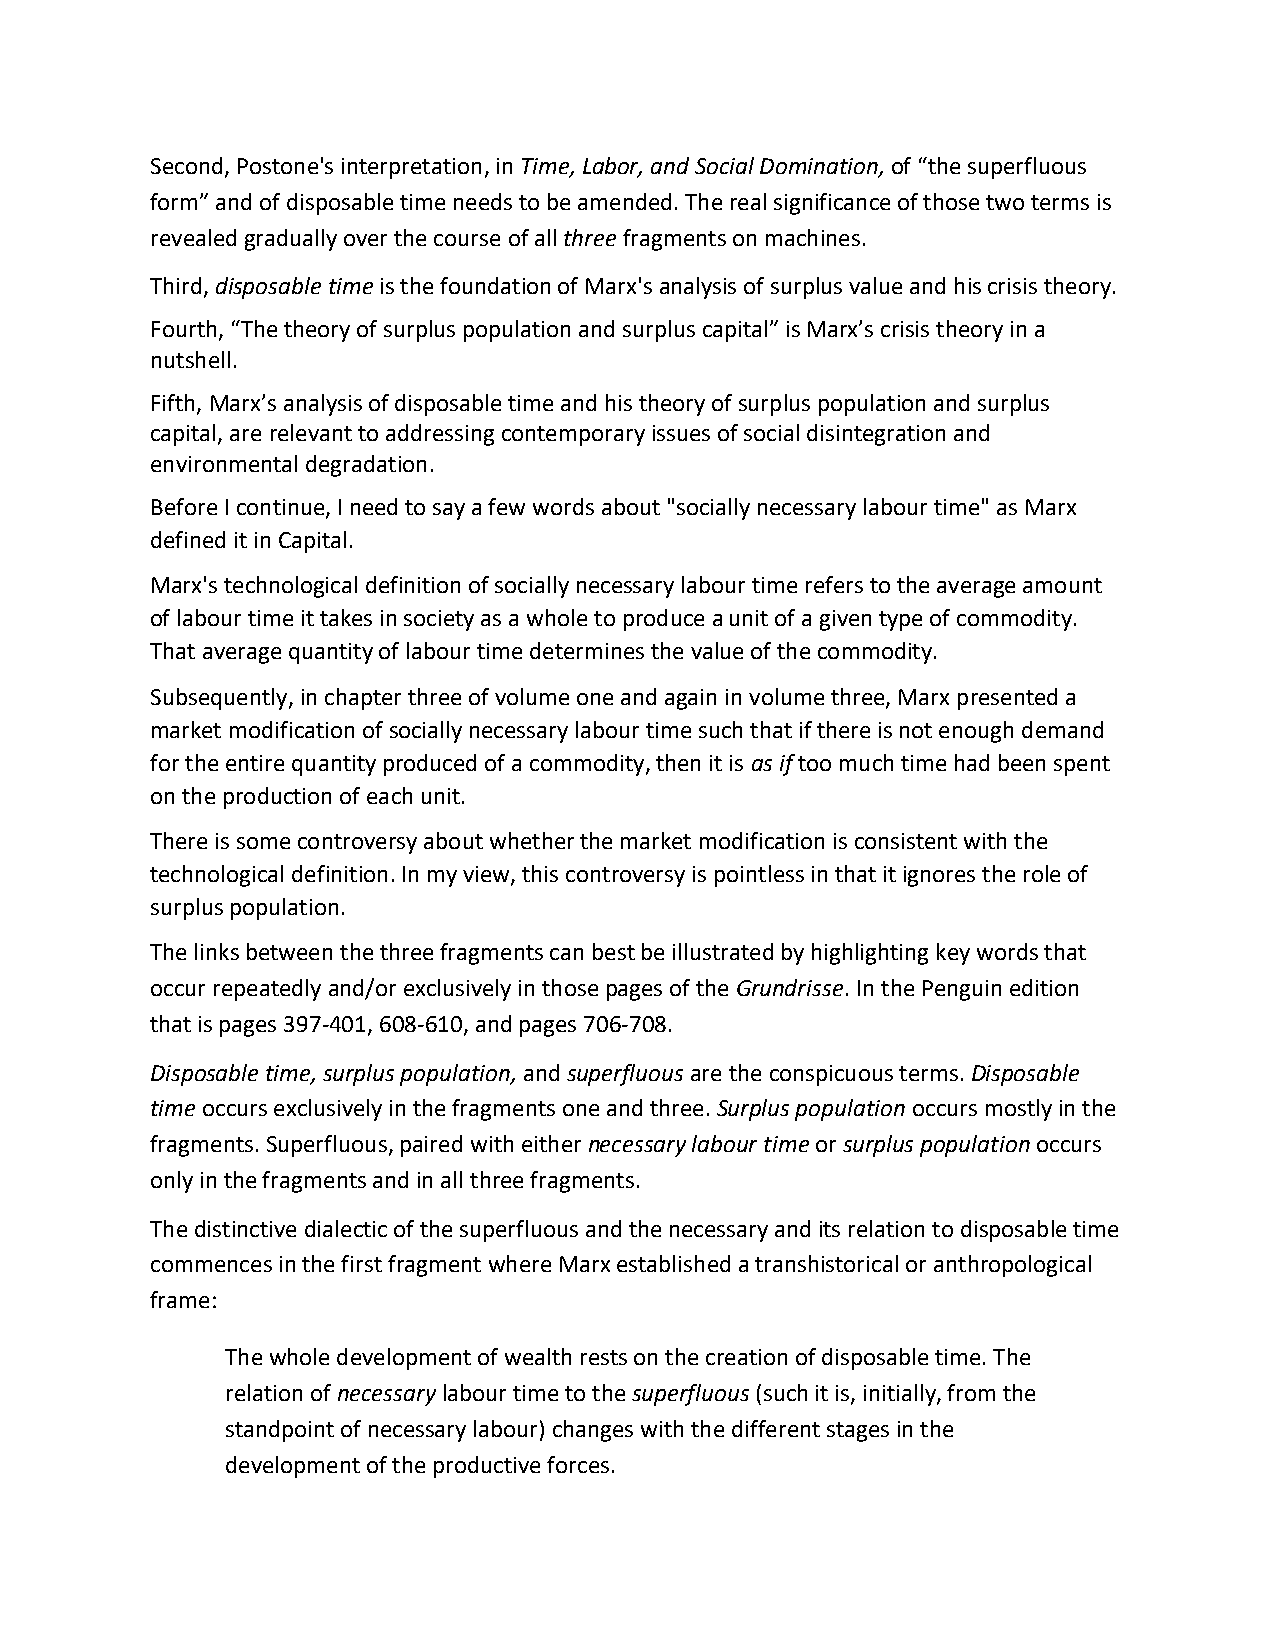
Second, Postone's interpretation, in Time, Labor, and Social Domination, of “the superfluous
 form” and of disposable time needs to be amended. The real significance of those two terms is
 revealed gradually over the course of all three fragments on machines.
 Third, disposable time is the foundation of Marx's analysis of surplus value and his crisis theory.
 Fourth, “The theory of surplus population and surplus capital” is Marx’s crisis theory in a
 nutshell.
 Fifth, Marx’s analysis of disposable time and his theory of surplus population and surplus
 capital, are relevant to addressing contemporary issues of social disintegration and
 environmental degradation.
 Before I continue, I need to say a few words about "socially necessary labour time" as Marx
 defined it in Capital.
 Marx's technological definition of socially necessary labour time refers to the average amount
 of labour time it takes in society as a whole to produce a unit of a given type of commodity.
 That average quantity of labour time determines the value of the commodity.
 Subsequently, in chapter three of volume one and again in volume three, Marx presented a
 market modification of socially necessary labour time such that if there is not enough demand
 for the entire quantity produced of a commodity, then it is as if too much time had been spent
 on the production of each unit.
 There is some controversy about whether the market modification is consistent with the
 technological definition. In my view, this controversy is pointless in that it ignores the role of
 surplus population.
 The links between the three fragments can best be illustrated by highlighting key words that
 occur repeatedly and/or exclusively in those pages of the Grundrisse. In the Penguin edition
 that is pages 397-401, 608-610, and pages 706-708.
 Disposable time, surplus population, and superfluous are the conspicuous terms. Disposable
 time occurs exclusively in the fragments one and three. Surplus population occurs mostly in the
 fragments. Superfluous, paired with either necessary labour time or surplus population occurs
 only in the fragments and in all three fragments.
 The distinctive dialectic of the superfluous and the necessary and its relation to disposable time
 commences in the first fragment where Marx established a transhistorical or anthropological
 frame:
 The whole development of wealth rests on the creation of disposable time. The
 relation of necessary labour time to the superfluous (such it is, initially, from the
 standpoint of necessary labour) changes with the different stages in the
 development of the productive forces.